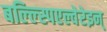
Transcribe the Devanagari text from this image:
बल्ल्स्पिएल्वेरेइन्